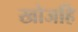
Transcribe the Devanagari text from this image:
खोजहि